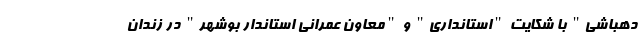
دهباشی" با شکایت "استانداری" و "معاون عمرانی استاندار بوشهر" در زندان